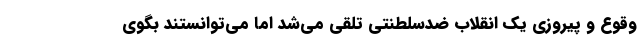
وقوع و پیروزی یک انقلاب ضد‌سلطنتی تلقی می‌شد اما می‌توانستند بگوی